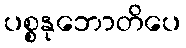
ပစ္စနုဘောတိပေ